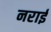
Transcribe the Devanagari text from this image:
नराई